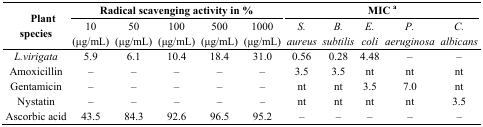
<table><thead><tr><td rowspan="3"><b>Plant species</b></td><td colspan="5"><b>Radical scavenging activity in %</b></td><td colspan="5"><b>MIC a</b></td></tr><tr><td><b>10 (μg/mL)</b></td><td><b>50 (μg/mL)</b></td><td><b>100 (μg/mL)</b></td><td><b>500 (μg/mL)</b></td><td><b>1000 (μg/mL)</b></td><td><b><i>S. aureus</i></b></td><td><b><i>B. subtilis</i></b></td><td><b><i>E. coli</i></b></td><td><b><i>P. aeruginosa</i></b></td><td><b><i>C. albicans</i></b></td></tr></thead><tbody><tr><td><i>L.virigata</i></td><td>5.9</td><td>6.1</td><td>10.4</td><td>18.4</td><td>31.0</td><td>0.56</td><td>0.28</td><td>4.48</td><td>–</td><td>–</td></tr><tr><td>Amoxicillin</td><td>–</td><td>–</td><td>–</td><td>–</td><td>–</td><td>3.5</td><td>3.5</td><td>nt</td><td>nt</td><td>nt</td></tr><tr><td>Gentamicin</td><td>–</td><td>–</td><td>–</td><td>–</td><td>–</td><td>nt</td><td>nt</td><td>3.5</td><td>7.0</td><td>nt</td></tr><tr><td>Nystatin</td><td>–</td><td>–</td><td>–</td><td>–</td><td>–</td><td>nt</td><td>nt</td><td>nt</td><td>nt</td><td>3.5</td></tr><tr><td>Ascorbic acid</td><td>43.5</td><td>84.3</td><td>92.6</td><td>96.5</td><td>95.2</td><td>–</td><td>–</td><td>–</td><td>–</td><td>–</td></tr></tbody></table>